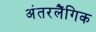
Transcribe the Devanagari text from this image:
अंतरलैंगिक